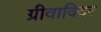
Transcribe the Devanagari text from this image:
ग्रीवाविदर